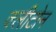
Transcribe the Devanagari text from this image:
क्‍लीटोन